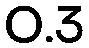
0.3